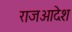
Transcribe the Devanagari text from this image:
राजआदेश